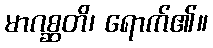
မာဂစ္ဆတိ၊ ရောက်၏။